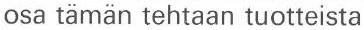
osa tämän tehtaan tuotteista